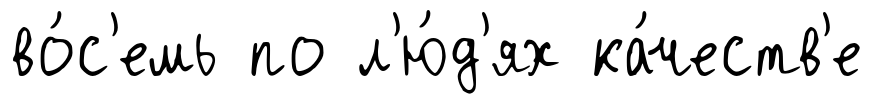
во́с'емь по л'ю́д'ях ка́честв'е